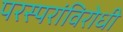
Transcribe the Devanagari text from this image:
परस्परांविरोधी